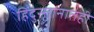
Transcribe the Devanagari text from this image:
हिंदुस्तानातही